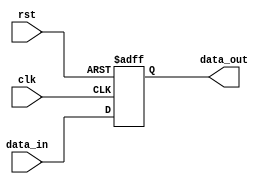
module store_register (
    input wire clk,         // Clock signal
    input wire rst,         // Reset signal
    input wire [7:0] data_in, // Input data (8-bit for example)
    output reg [7:0] data_out // Output data (8-bit for example)
);

    // Always block triggered on the clock edge
    always @(posedge clk or posedge rst) begin
        if (rst) begin
            // Asynchronous reset
            data_out <= 8'b0; // Initialize to zero
        end else begin
            // Store data on clock edge
            data_out <= data_in; // Capture input data
        end
    end

endmodule